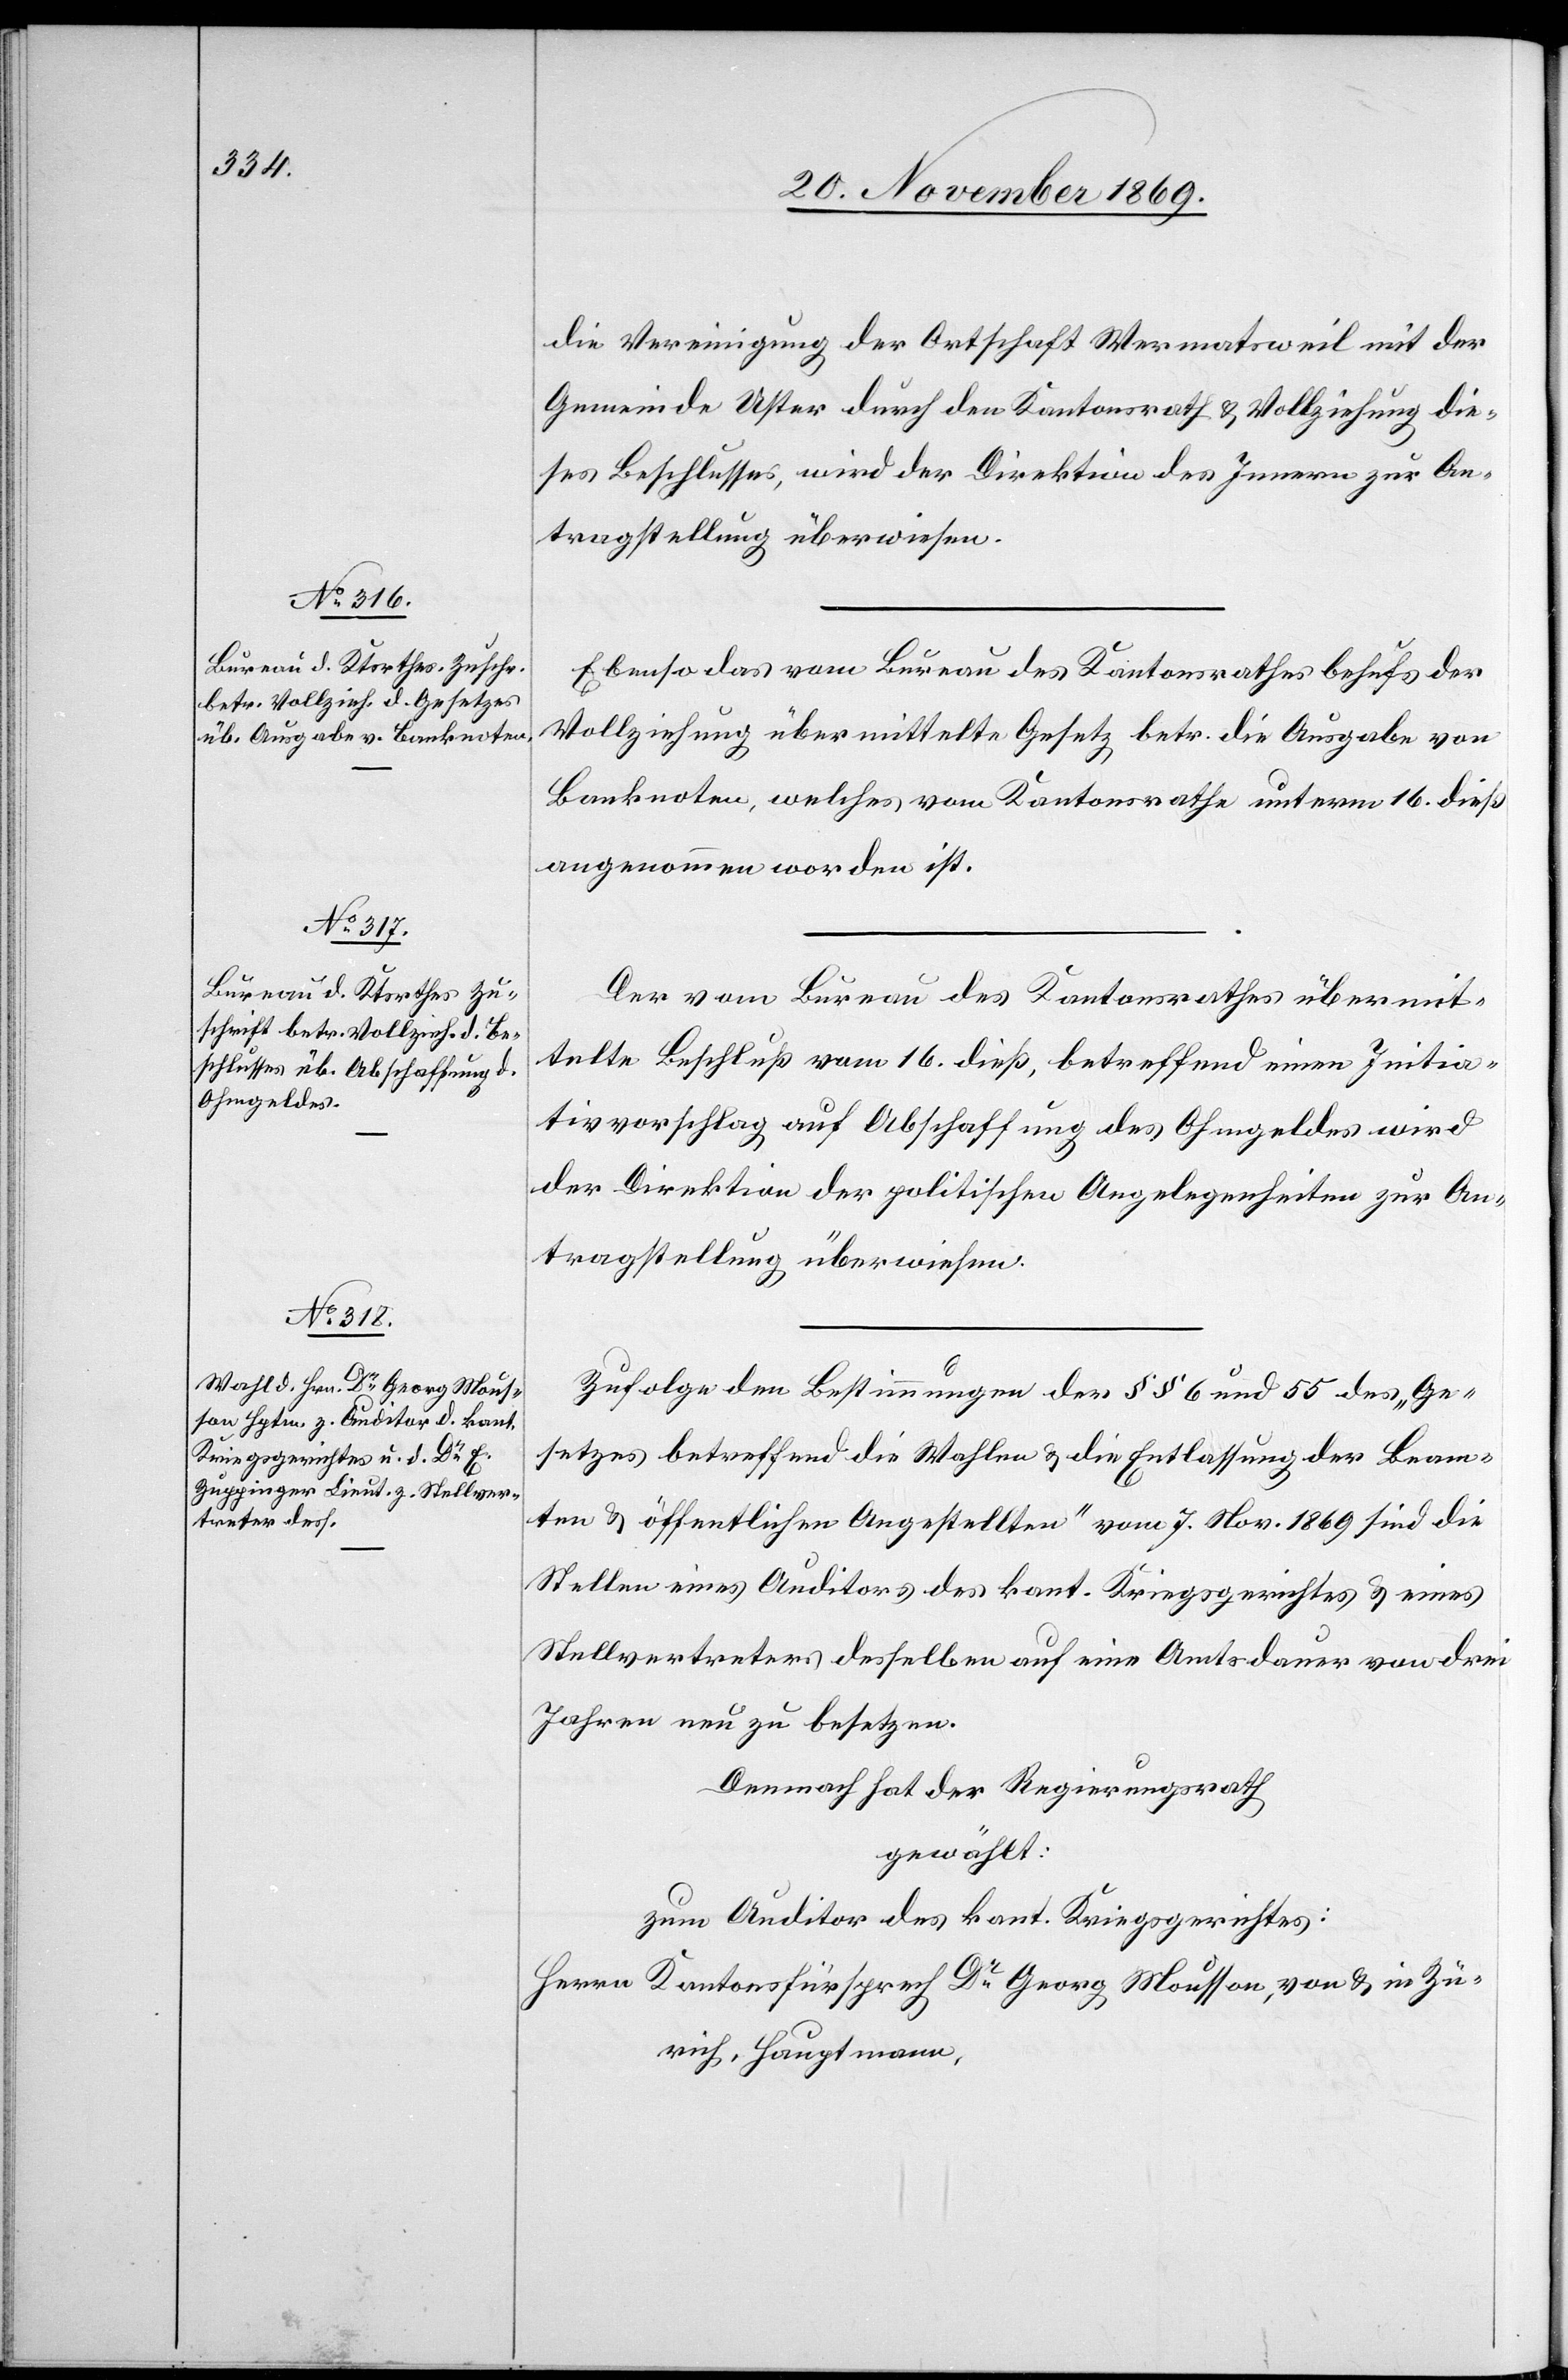
die Vereinigung der Ortschaft Wermatsweil mit der
Gemeinde Uster durch den Kantonsrath & Vollziehung die¬
ses Beschlusses, wird der Direktion des Innern zur An¬
tragstellung überwiesen.
Ebenso das vom Bureau des Kantonsrathes behufs der
Vollziehung übermittelte Gesetz betr. die Ausgabe von
Banknoten, welches vom Kantonsrathe unterm 16. dieß
angenommen worden ist.
Der vom Bureau des Kantonsrathes übermit¬
telte Beschluß vom 16. dieß, betreffend einen Initia¬
tivvorschlag auf Abschaffung des Ohmgeldes wird
der Direktion der politischen Angelegenheiten zur An¬
tragstellung überwiesen.
Zufolge den Bestimmungen der §§ 6 und 55 des „Ge¬
setzes betreffend die Wahlen & die Entlassung der Beam¬
ten & öffentlichen Angestellten“ vom 7. Nov. 1869 sind die
Stellen eines Auditors des kant. Kriegsgerichtes & eines
Stellvertreters desselben auf eine Amtsdauer von drei
Jahren neu zu besetzen.
Demnach hat der Regierungsrath
gewählt:
zum Auditor des kant. Kriegsgerichtes:
Herrn Kantonsfürsprech Dr Georg Mousson, von & in Zü¬
rich, Hauptmann,